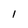
Character: 1